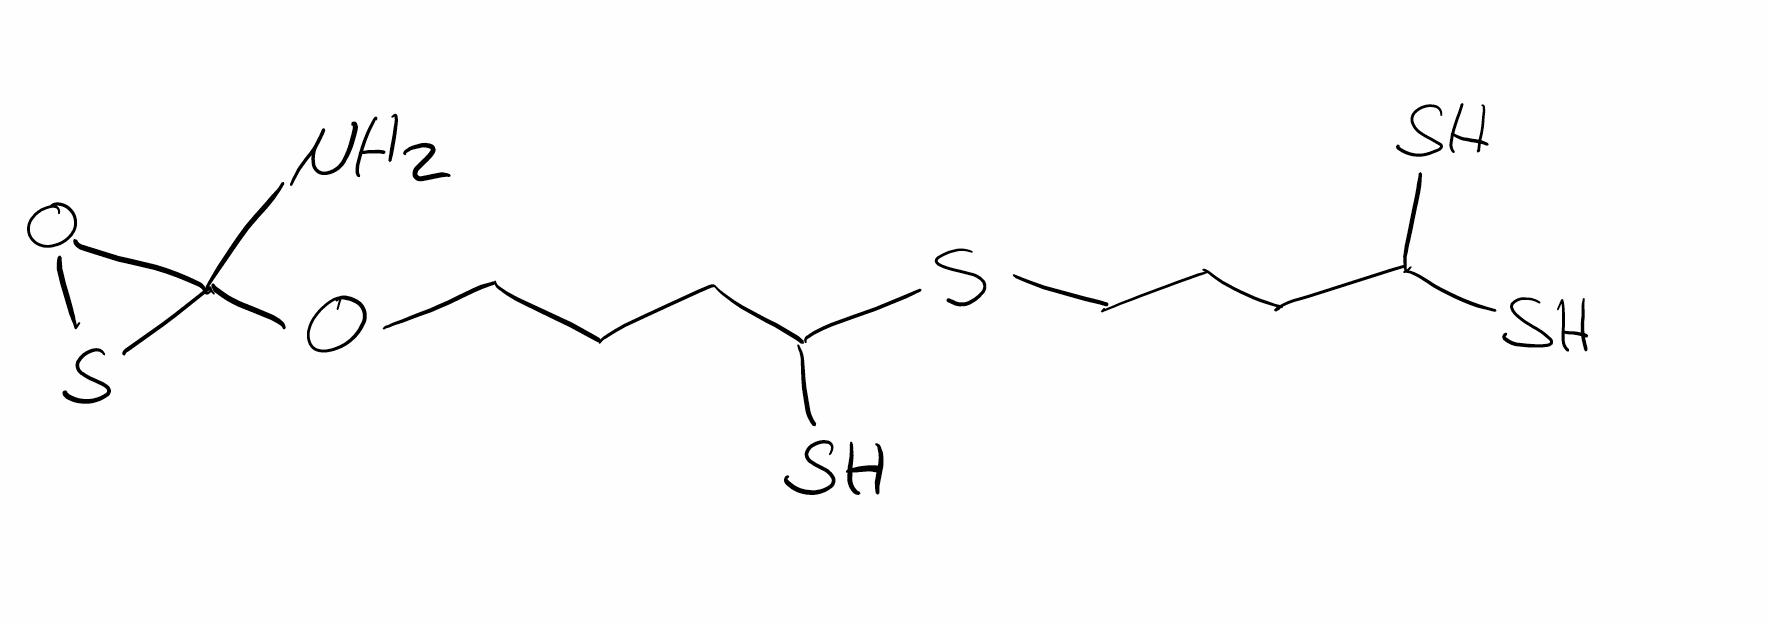
Simplified molecular-input line-entry system (SMILES) notation of the given molecule:
C(CC(S)SCCCC(S)S)COC1(OS1)N